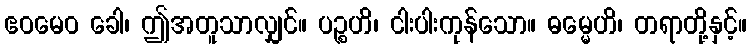
ဧဝမေဝ ခေါ၊ ဤအတူသာလျှင်။ ပဉ္စဟိ၊ ငါးပါးကုန်သော။ ဓမ္မေဟိ၊ တရာတို့နှင့်။